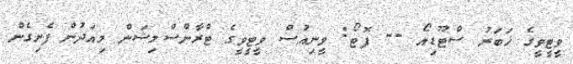
ވީޓީވީގެ ޚަބަރު ސްޓޫޑިއޯ -- ފޮޓޯ: ވީނިއުސް ވީޓީވީގެ ޓްރާންސްމިޝަން މިއަދުން ފެށިގެން